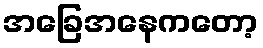
အခြေအနေကတော့